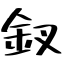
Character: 釵